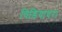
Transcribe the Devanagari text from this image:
चिड़ियाघर।